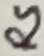
Text: RS